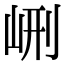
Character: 𡶭